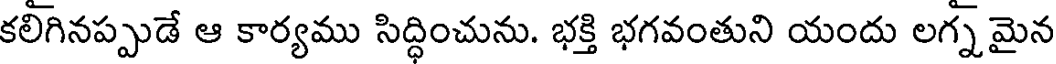
కలిగినప్పుడే ఆ కార్యము సిద్ధించును. భక్తి భగవంతుని యందు లగ్న మైన